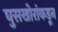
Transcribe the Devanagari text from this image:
घुसखोरांकडून